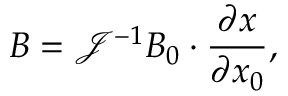
\boldsymbol { B } = \mathcal { J } ^ { - 1 } \boldsymbol { B } _ { 0 } \cdot \frac { \partial \boldsymbol { x } } { \partial \boldsymbol { x } _ { 0 } } ,